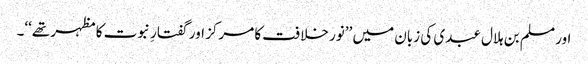
اور مسلم بن ہلال عبدی کی زبان میں ’’نور خلافت کا مرکز اور گفتارِ نبوت کا مظہر تھے‘‘۔